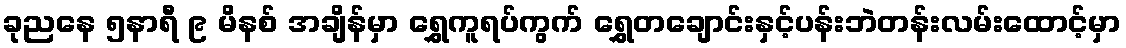
ခုညနေ ၅နာရီ ၉ မိနစ် အချိန်မှာ ရွှေကူရပ်ကွက် ရွှေတချောင်းနှင့်ပန်းဘဲတန်းလမ်းထောင့်မှာ